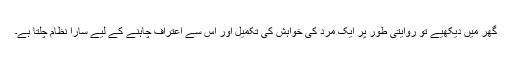
گھر میں دیکھیے تو روایتی طور پر ایک مرد کی خواہش کی تکمیل اور اس سے اعتراف چاہنے کے لیے سارا نظام چلتا ہے۔